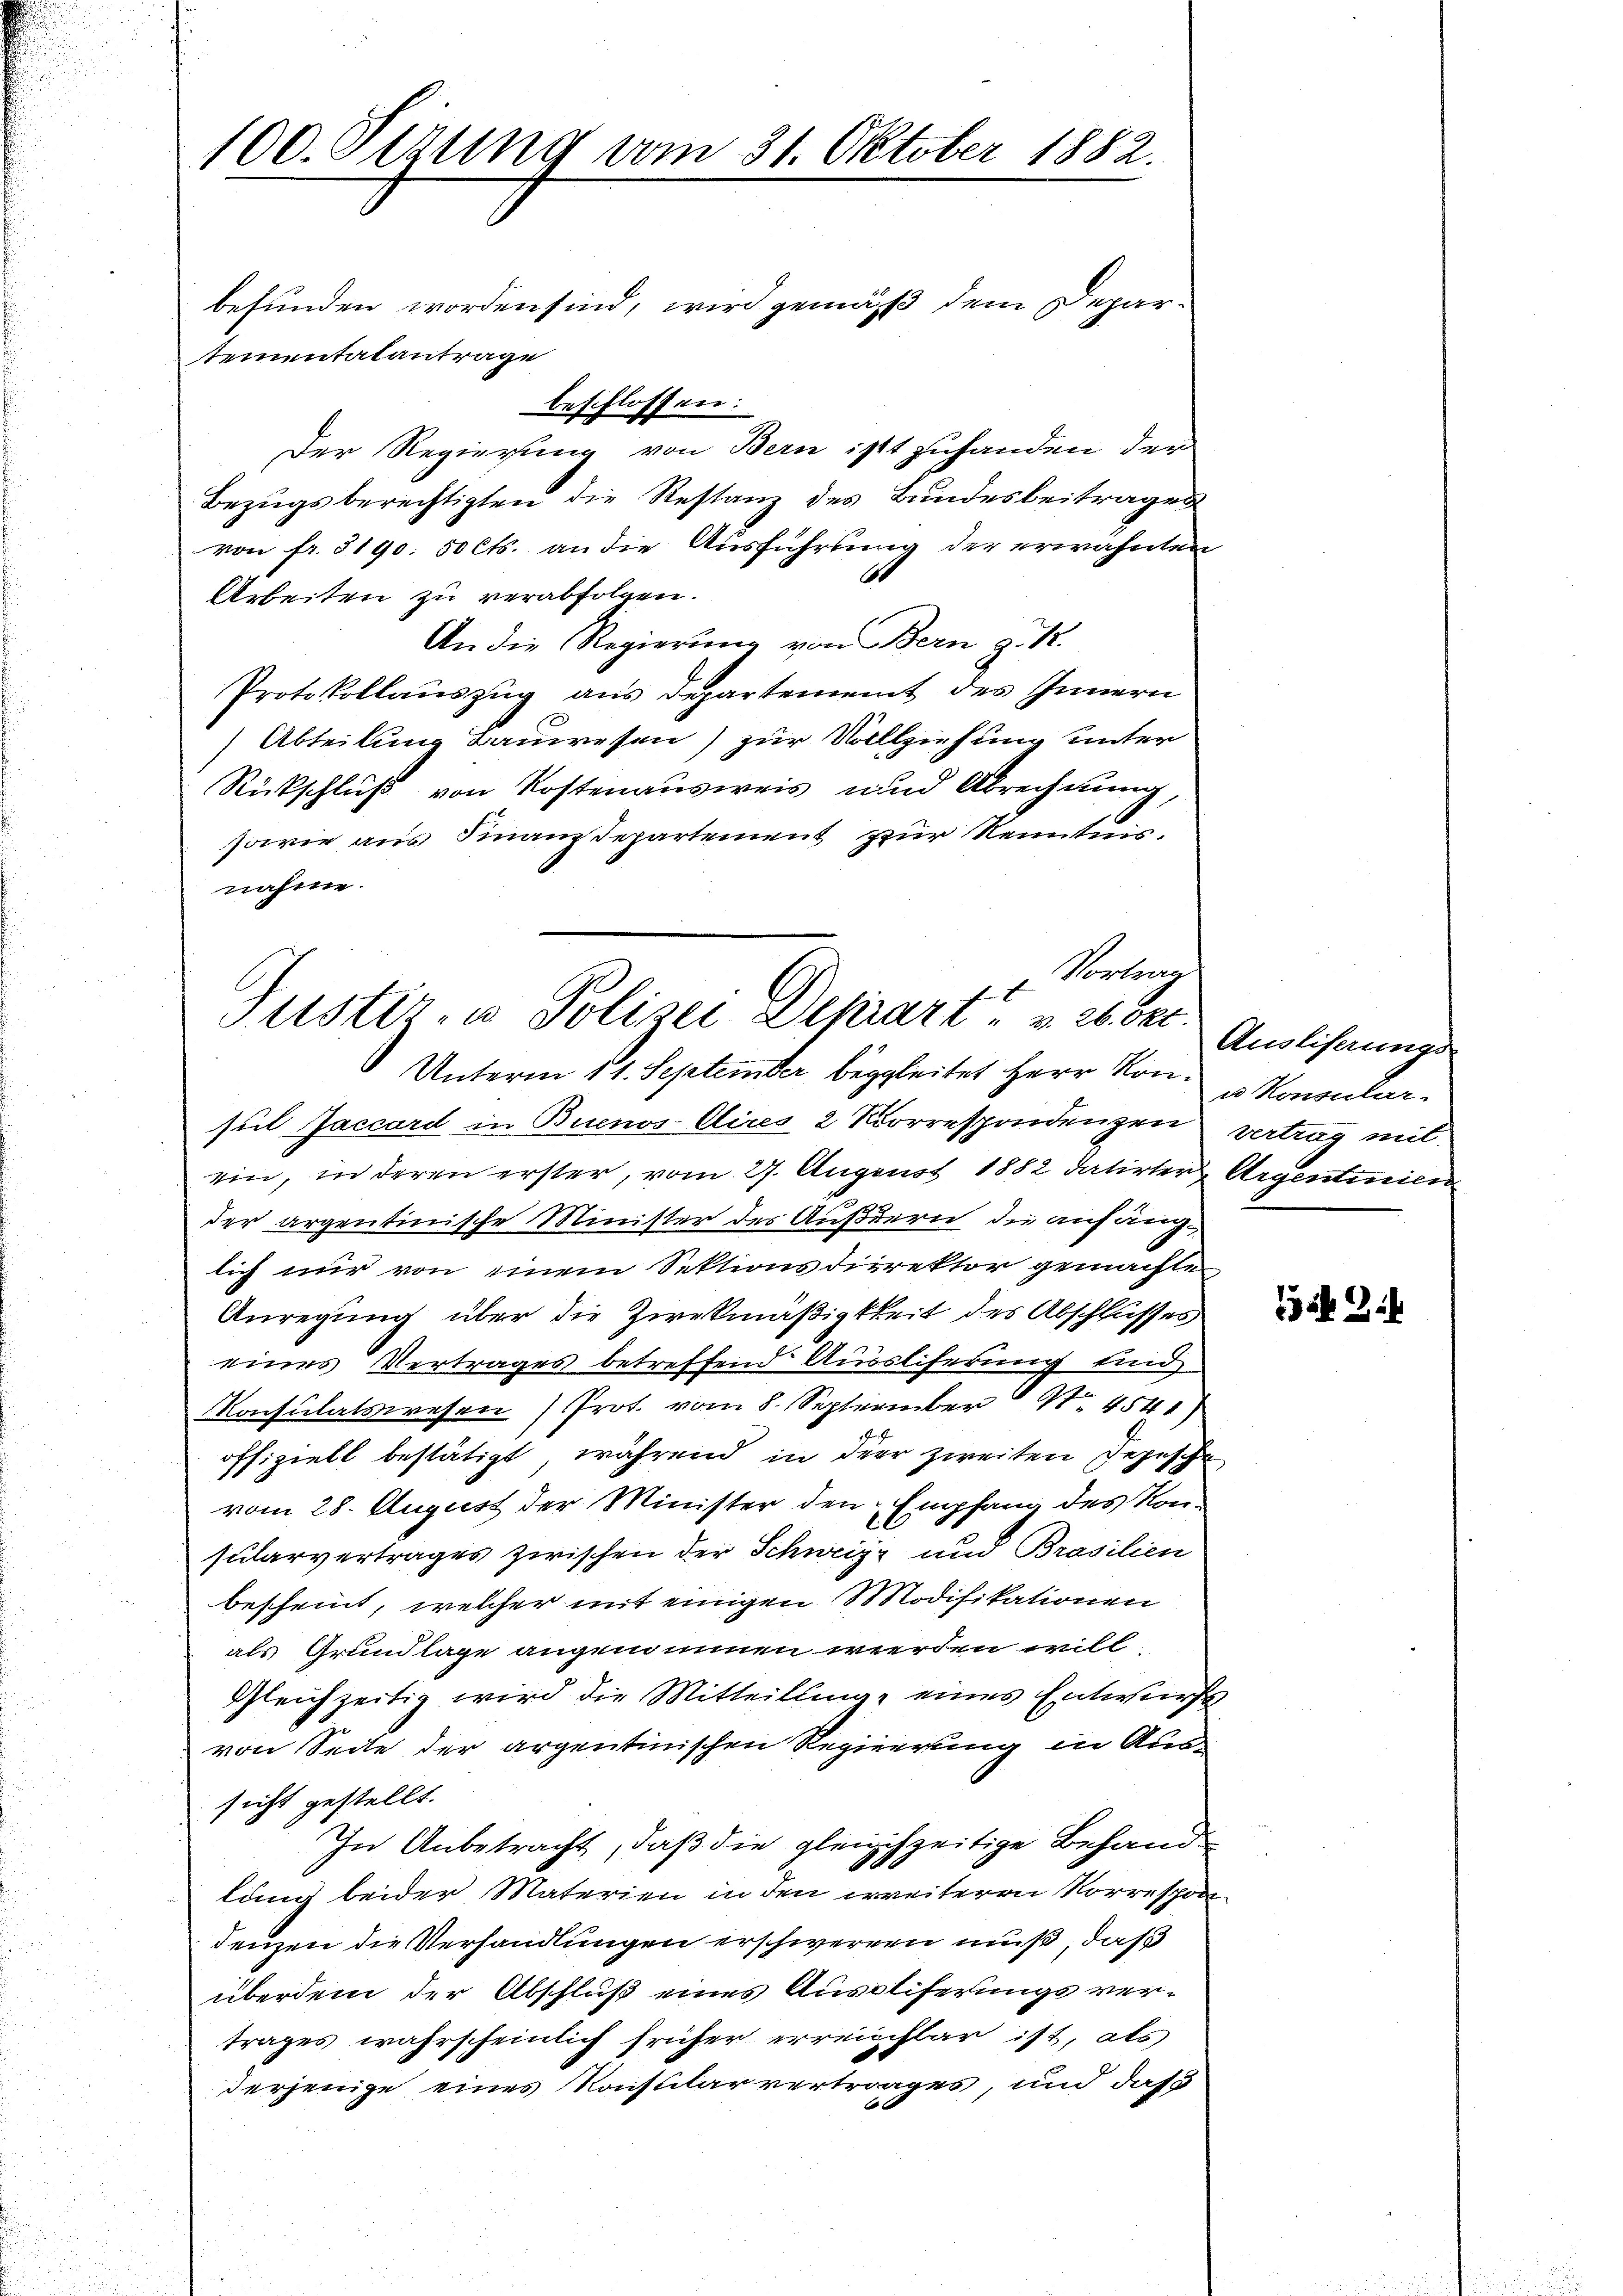
stementatantrage
beschlossen:
Der Regierung von Bern ist zuhanden der
Bezugsberechtigten die Restanz des Bundesbeitrages
von fr. 5190. 50 Cts. an die Ausführung der erwähnten
Arbeiten zu verabfolgen.
An die Regierung von Bern z. 12.
Protokollauszug aus Departement des Innern
Abteilung Bauwesen) zur Vollziehung unter
Rückschluß von Kostenausweis und Abrechnung,
sowie aus Finanzdepartement zur Kenntnis.
nahm.

100. Sizung vom 31. Oktober 1882.
befunden worden sind, wird gemäß dem Depar¬

Vortrag
f
Justiz- u Polizei Depart - u. 26. Okt.
Unterm 11. September begleitet Herr von u. Konsular¬

sul Jaccard in Buenos Aires 2 Korrespondenzen vertrag mit
ein, in deren erster, vom 27. August 1882 datirter Argentinien
der argentinische Minister der Äußern die anfänglich nur von einem Sektionsdirektor gemachte
Anregung über die Ziekmäßigkeit des Abschlusses
eines Vertrages betreffend Aussliferung sind
Konsulatswesen (Prot. vom 8. September N. 4541)
offiziell bestätigt, während in der zweiten Depesche
vom 28. August der Minister den Empfang des Konsularvertrages zwischen der Schweiz und Brasilien
bescheint, welcher mit einigen Modifikationen
als Grundlage angenommen werden will
Gleichzeitig wird die Mitteilung eines Entwurfs
von Seite der argentinischen Regierung in Aussicht gestellt.
In Anbetracht, daß die gleichzeitige Behandlung beider Materien in den weiteren Korreschon
denzen die Verhandlungen erschwerren muß, daß
überdem der Abschluß eines Ausliferungsvertrages wahrscheinlich früher erreichbar ist, als
derjenige eines Konsularvertrages, und das

Ausliserungs

Z.